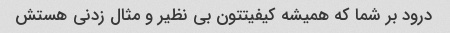
درود بر شما که همیشه کیفیتتون بی نظیر و مثال زدنی هستش